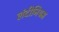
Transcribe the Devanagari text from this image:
लंदीनियम